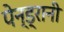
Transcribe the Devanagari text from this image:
पेन्ड्रानी